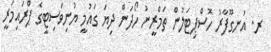
ރ. އުނގޫފާރު ހޮސްޕިޓަލުން ތަމްރީނު ހޯދަން ދިޔަ ގައުމީ ޔުނިވަސިޓީގެ ޕްރައިމަރީ